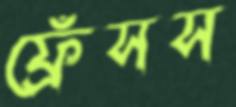
ফ্রেঁসস